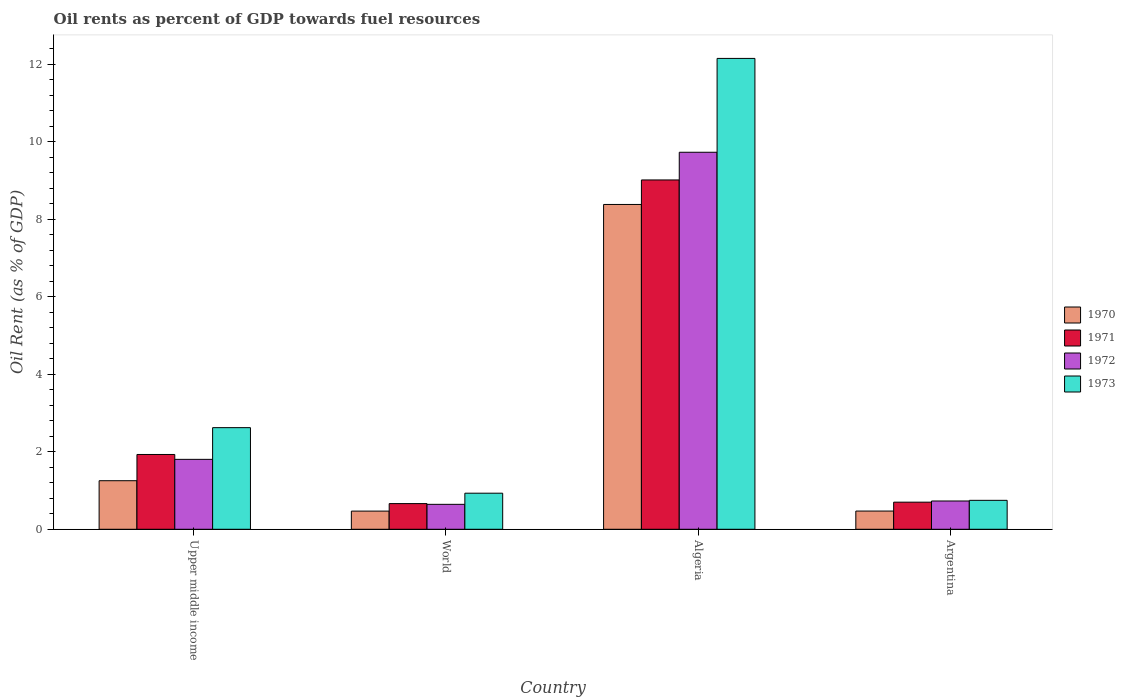
| Country | 1970 | 1971 | 1972 | 1973 |
 | --- | --- | --- | --- | --- |
 | Upper middle income | 1.25 | 1.93 | 1.8 | 2.62 |
 | World | 0.469 | 0.663 | 0.644 | 0.931 |
 | Algeria | 8.38 | 9.02 | 9.73 | 12.2 |
 | Argentina | 0.47 | 0.7 | 0.73 | 0.747 |